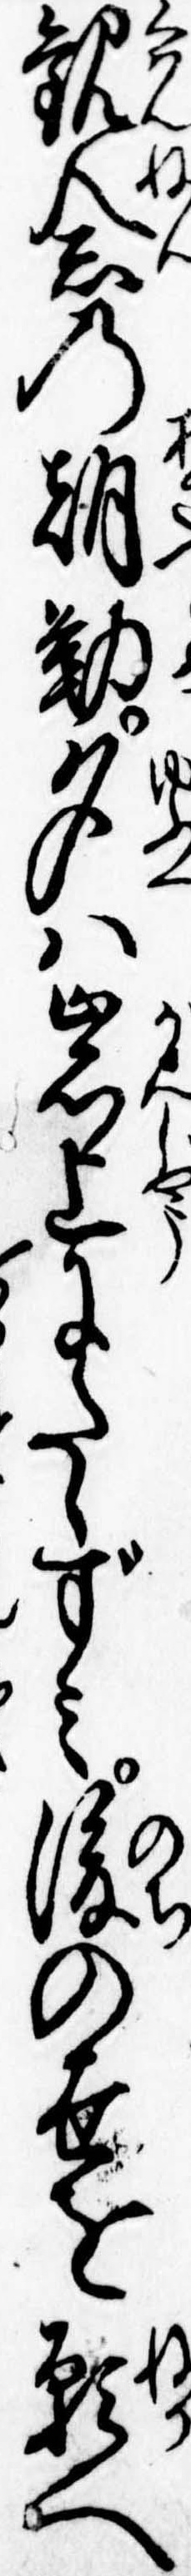
観念の朝勤夕は岩上にたゝずみ後の世を願へ